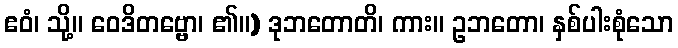
ဧဝံ၊ သို့။ ဝေဒိတဗ္ဗော၊ ၏။) ဒုဘတောတိ၊ ကား။ ဥဘတော၊ နှစ်ပါးစုံသော